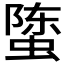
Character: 𰳄